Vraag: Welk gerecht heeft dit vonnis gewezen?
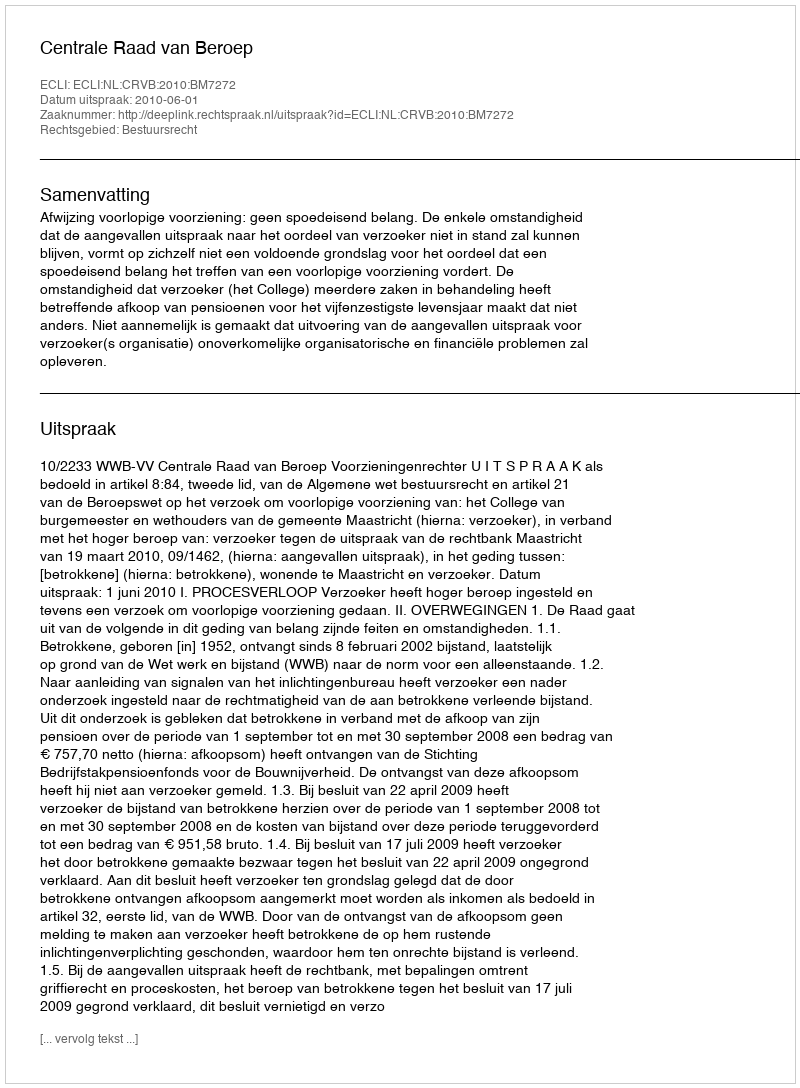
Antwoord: Centrale Raad van Beroep